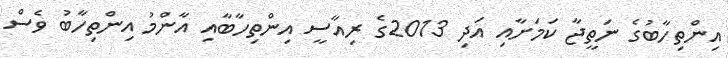
އިންތިހާބުގެ ނަތީޖާ ކަމަށާއި އަދި 2013ގެ ރިއާސީ އިންތިހާބާއި އާންމު އިންތިހާބު ވެސް